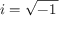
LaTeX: i = { \sqrt { - 1 \, } }